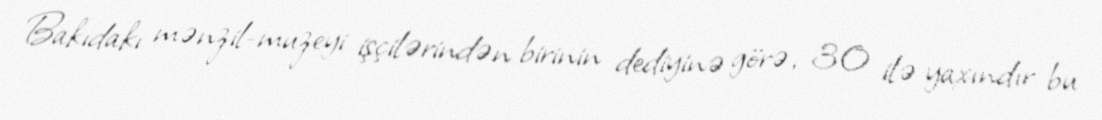
Bakıdakı mənzil-muzeyi işçilərindən birinin dediyinə görə, 30 ilə yaxındır bu